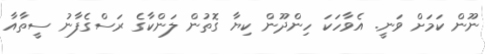
ނޫން ކަމަށް ވަނީ. އެވާހަކަ ހިންދޫން ކިޔާ ގޮތުން ލަންކާގެ ރަސްގެފާނު ސީތާއާ